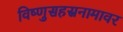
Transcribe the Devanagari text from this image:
विष्णुसहस्रनामावर